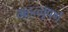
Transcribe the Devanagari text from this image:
महत्त्वूपर्ण